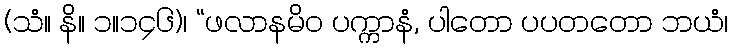
(သံ။ နိ။ ၁။၁၄၆)၊ “ဖလာနမိဝ ပက္ကာနံ, ပါတော ပပတတော ဘယံ၊